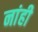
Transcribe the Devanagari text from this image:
नांही